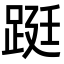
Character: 𨁗